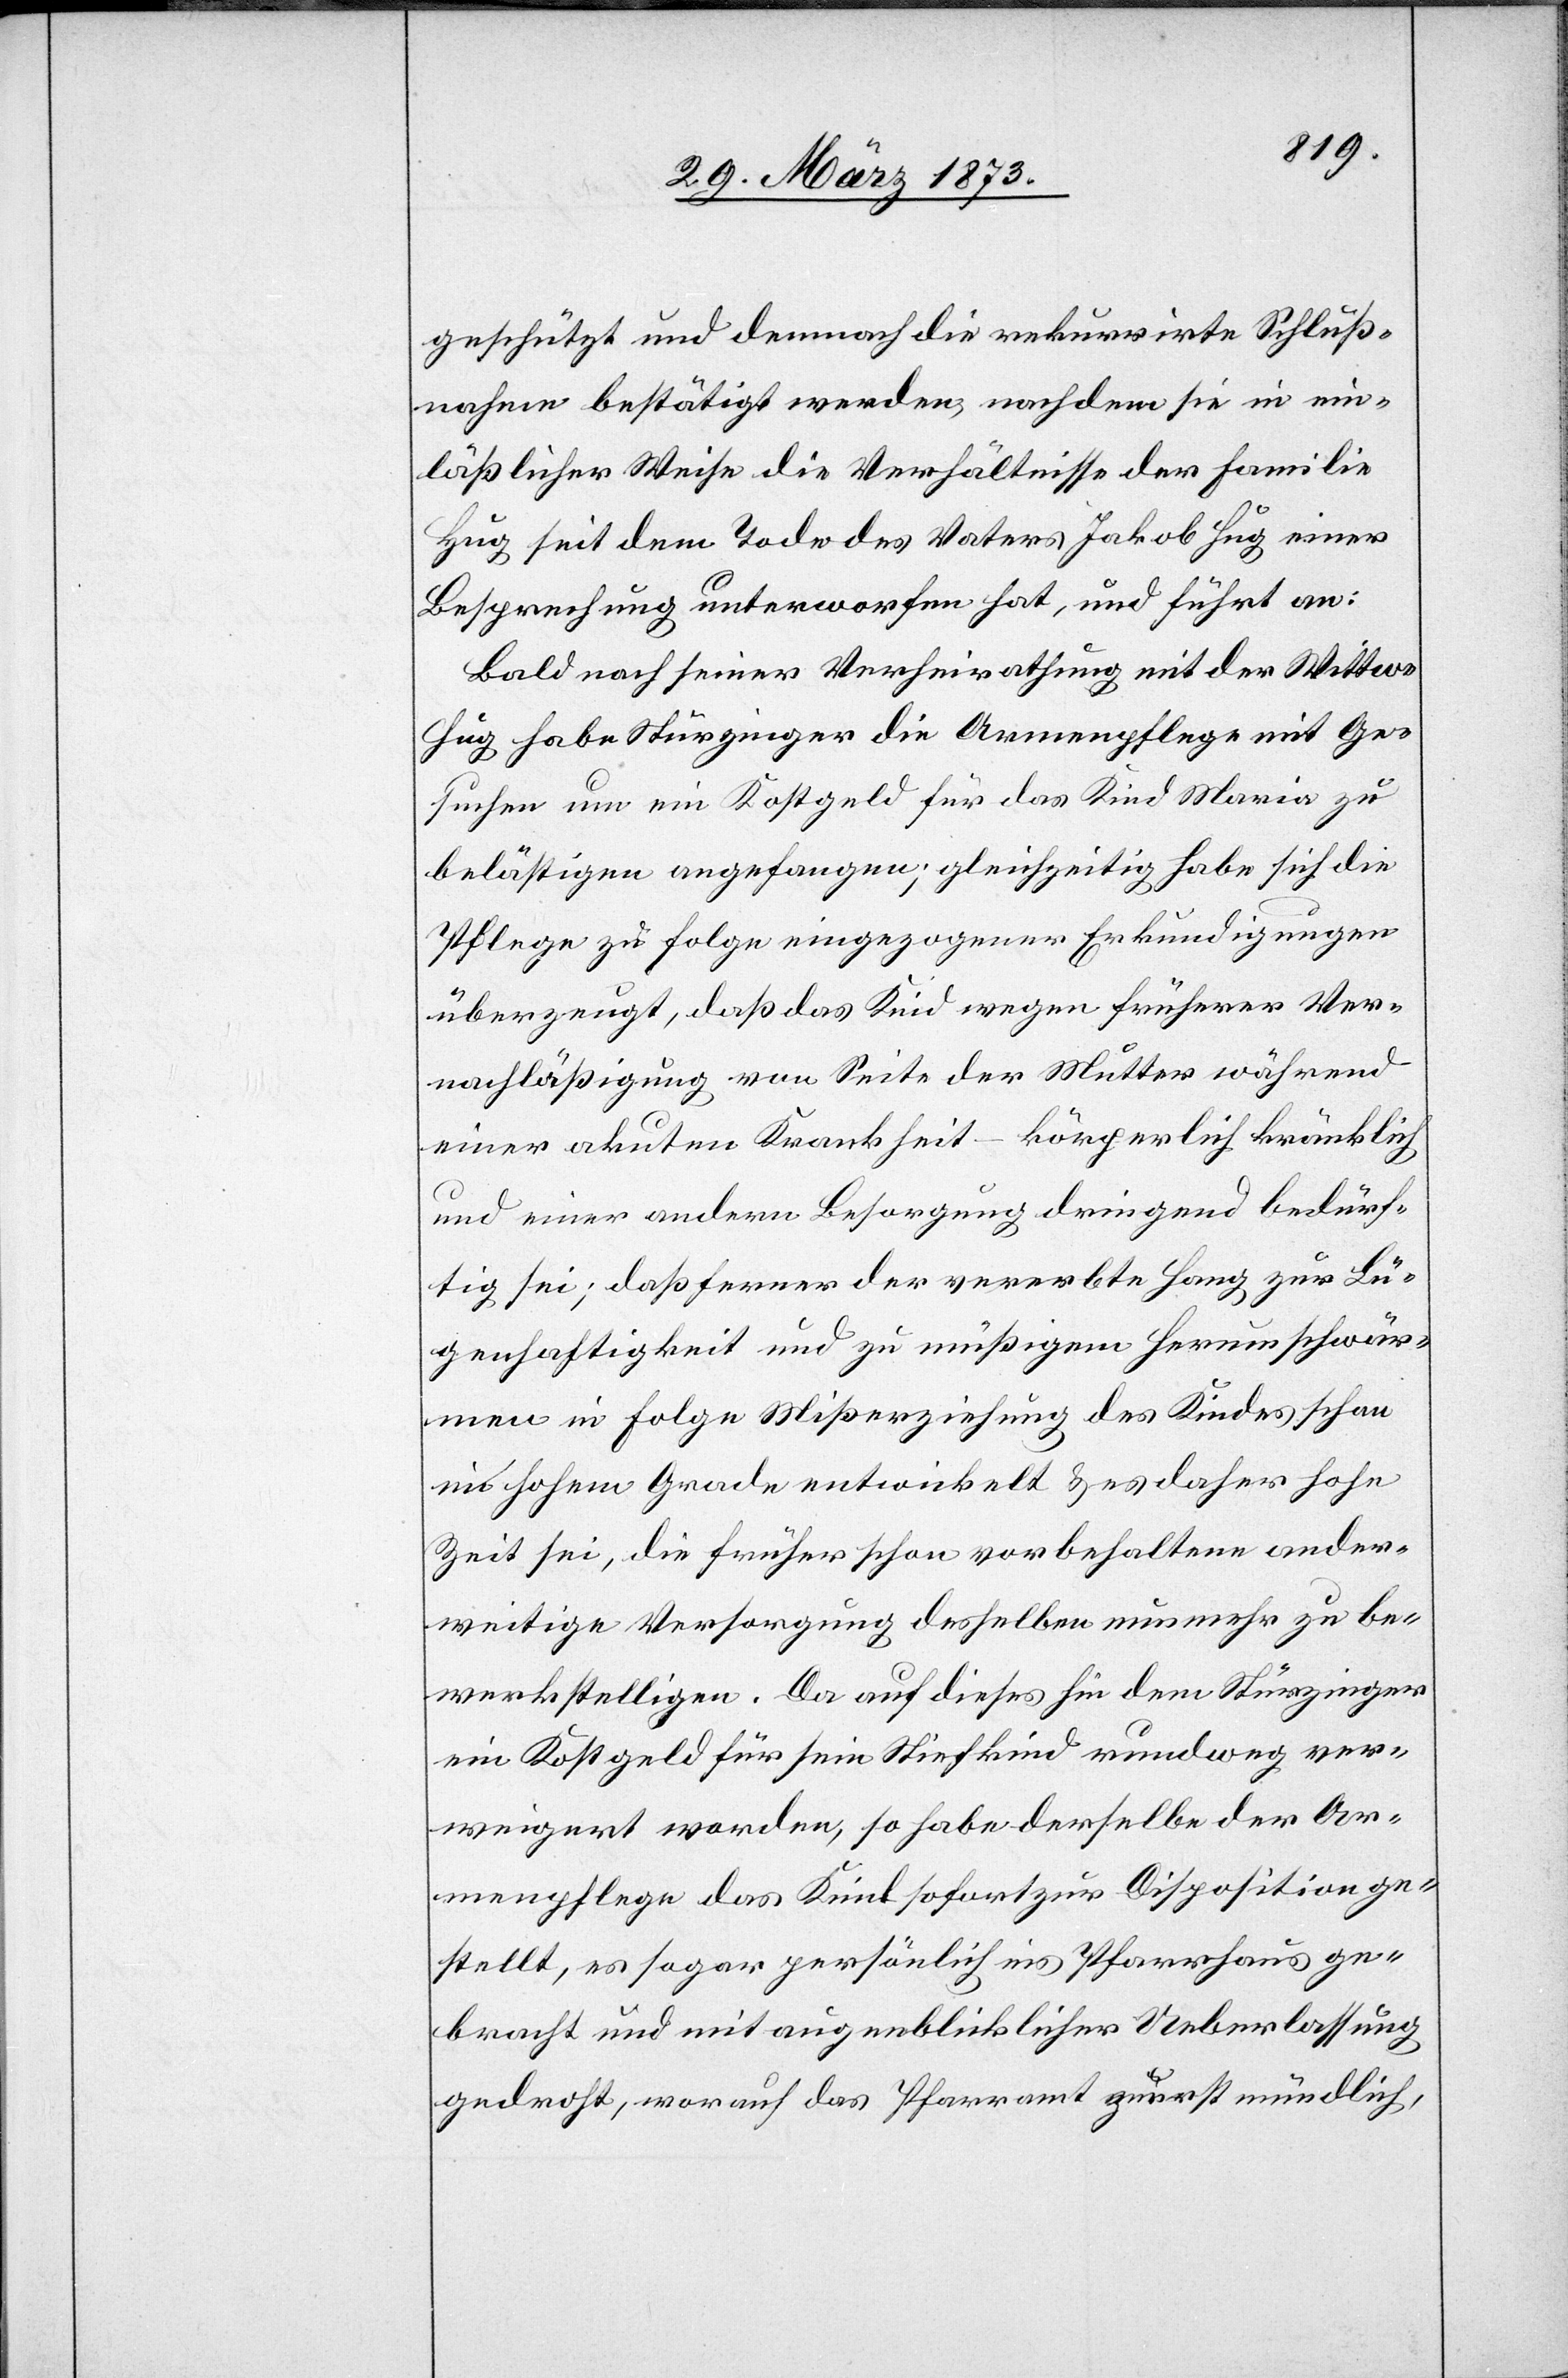
geschützt und demnach die rekurrirte Schluß¬
nahme bestätigt werden, nachdem sie in ein¬
läßlicher Weise die Verhältnisse der Familie
Hug seit dem Tode des Vaters Jakob Hug einer
Besprechung unterworfen hat, und führt an:
Bald nach seiner Verheirathung mit der Wittwe
Hug habe Stürzinger die Armenpflege mit Ge¬
suchen um ein Kostgeld für das Kind Maria zu
belästigen angefangen; gleichzeitig habe sich die
Pflege zu Folge eingezogener Erkundigungen
überzeugt, daß das Kind wegen früherer Ver¬
nachläßigung von Seite der Mutter während
einer akuten Krankheit – körperlich kränklich
und einer andern Besorgung dringend bedürf¬
tig sei; daß ferner der vererbte Hang zur Lü¬
genhaftigkeit und zu müßigem Herumschwär¬
men in Folge Mißerziehung des Kindes schon
im hohen Grade entwickelt u. es daher hohe
Zeit sei, die früher schon vorbehaltene ander¬
weitige Versorgung desselben nunmehr zu be¬
werkstelligen. Da auf dieses hin dem Stürzinger
ein Kostgeld für sein Stiefkind rundweg ver¬
weigert worden, so habe derselbe der Ar¬
menpflege das Kind sofort zur Disposition ge¬
stellt, es sogar persönlich ins Pfarrhaus ge¬
bracht und mit augenblicklicher Ueberlassung
gedroht, worauf das Pfarramt zuerst mündlich,